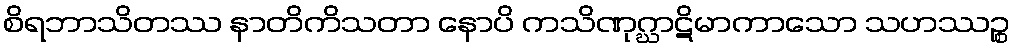
စိရဘာသိတဿ နာတိကိသတာ နောပိ ကသိဏုဂ္ဃာဋိမာကာသော သဟဿဉ္စ